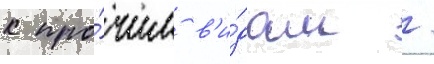
к про́чим в'и́дам /